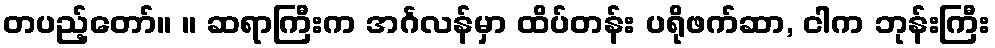
တပည့်တော်။ ။ ဆရာကြီးက အင်္ဂလန်မှာ ထိပ်တန်း ပရိုဖက်ဆာ, ငါက ဘုန်းကြီး